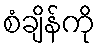
စံချိန်ကို